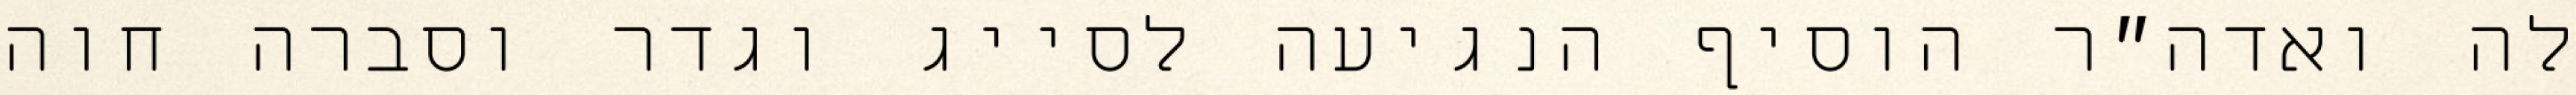
לה ואדה״ר הוסיף הנגיעה לסייג וגדר וסברה חוה